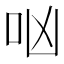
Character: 㕳